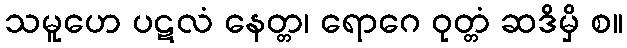
သမူဟေ ပဋလံ နေတ္တ၊ ရောဂေ ဝုတ္တံ ဆဒိမှိ စ။